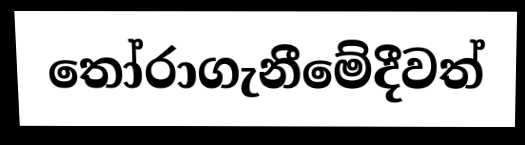
තෝරාගැනීමේදීවත්